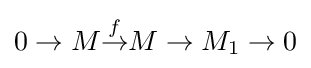
0\to M{\overset {f}{\to }}M\to M_{1}\to 0